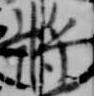
将